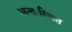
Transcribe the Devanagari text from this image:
अन्तःस्थित